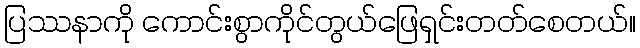
ပြဿနာကို ကောင်းစွာကိုင်တွယ်ဖြေရှင်းတတ်စေတယ်။